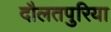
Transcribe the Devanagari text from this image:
दौलतपुरिया